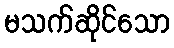
မသက်ဆိုင်သော